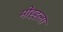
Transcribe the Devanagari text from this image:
मोह्हला